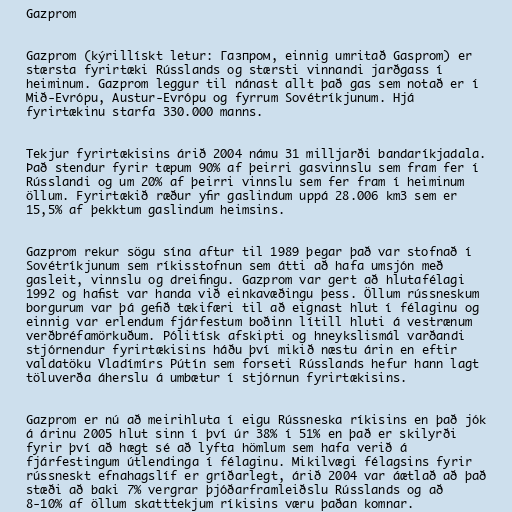
Gazprom

Gazprom (kýrillískt letur: Газпром, einnig umritað Gasprom) er
stærsta fyrirtæki Rússlands og stærsti vinnandi jarðgass í
heiminum. Gazprom leggur til nánast allt það gas sem notað er í
Mið-Evrópu, Austur-Evrópu og fyrrum Sovétríkjunum. Hjá
fyrirtækinu starfa 330.000 manns.

Tekjur fyrirtækisins árið 2004 námu 31 milljarði bandaríkjadala.
Það stendur fyrir tæpum 90% af þeirri gasvinnslu sem fram fer í
Rússlandi og um 20% af þeirri vinnslu sem fer fram í heiminum
öllum. Fyrirtækið ræður yfir gaslindum uppá 28.006 km3 sem er
15,5% af þekktum gaslindum heimsins.

Gazprom rekur sögu sína aftur til 1989 þegar það var stofnað í
Sovétríkjunum sem ríkisstofnun sem átti að hafa umsjón með
gasleit, vinnslu og dreifingu. Gazprom var gert að hlutafélagi
1992 og hafist var handa við einkavæðingu þess. Öllum rússneskum
borgurum var þá gefið tækifæri til að eignast hlut í félaginu og
einnig var erlendum fjárfestum boðinn lítill hluti á vestrænum
verðbréfamörkuðum. Pólitísk afskipti og hneykslismál varðandi
stjórnendur fyrirtækisins háðu því mikið næstu árin en eftir
valdatöku Vladímírs Pútín sem forseti Rússlands hefur hann lagt
töluverða áherslu á umbætur í stjórnun fyrirtækisins.

Gazprom er nú að meirihluta í eigu Rússneska ríkisins en það jók
á árinu 2005 hlut sinn í því úr 38% í 51% en það er skilyrði
fyrir því að hægt sé að lyfta hömlum sem hafa verið á
fjárfestingum útlendinga í félaginu. Mikilvægi félagsins fyrir
rússneskt efnahagslíf er gríðarlegt, árið 2004 var áætlað að það
stæði að baki 7% vergrar þjóðarframleiðslu Rússlands og að
8-10% af öllum skatttekjum ríkisins væru þaðan komnar.